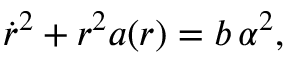
\dot { r } ^ { 2 } + r ^ { 2 } a ( r ) = b \, \alpha ^ { 2 } ,